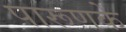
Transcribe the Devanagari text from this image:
पारूणके